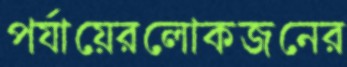
পর্যায়েরলোকজনের